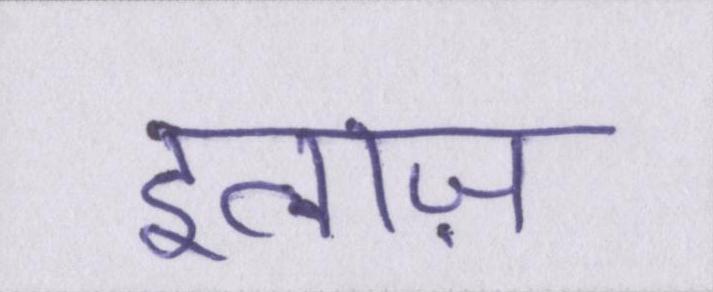
इलाज़